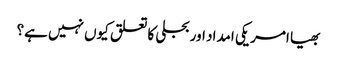
بھیا امریکی امداد اور بجلی کا تعلق کیوں نہیں ہے؟